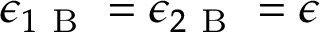
\epsilon _ { 1 \mathrm { ~ B ~ } } = \epsilon _ { 2 \mathrm { ~ B ~ } } = \epsilon